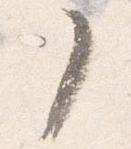
了